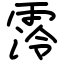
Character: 霗